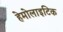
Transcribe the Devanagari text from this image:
हेमोलाइटिक